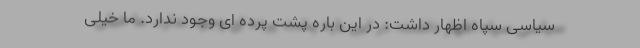
سیاسی سپاه اظهار داشت: در این باره پشت پرده ای وجود ندارد. ما خیلی